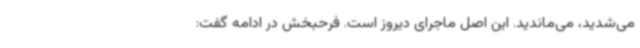
می‌شدید، می‌ماندید. این اصل ماجرای دیروز است. فرحبخش در ادامه گفت: